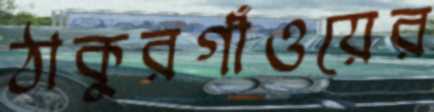
ঠাকুরগাঁওয়ের